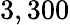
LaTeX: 3,300